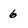
Character: 6